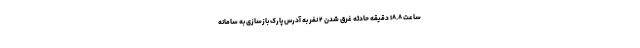
ساعت ۱۸.۸ دقیقه حادثه غرق شدن ۲ نفر به آدرس پارک بازسازی به سامانه